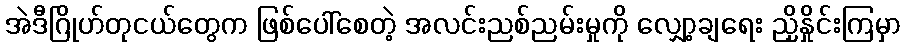
အဲဒီဂြိုဟ်တုငယ်တွေက ဖြစ်ပေါ်စေတဲ့ အလင်းညစ်ညမ်းမှုကို လျှော့ချရေး ညှိနှိုင်းကြမှာ